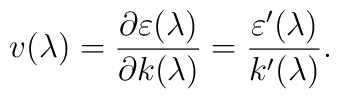
v(\lambda)=\frac{\partial\varepsilon(\lambda)}{\partial k(\lambda)}=\frac{\varepsilon'(\lambda)}{k'(\lambda)}.